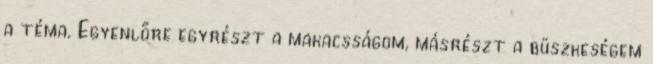
a téma. Egyenlőre egyrészt a makacsságom, másrészt a büszkeségem